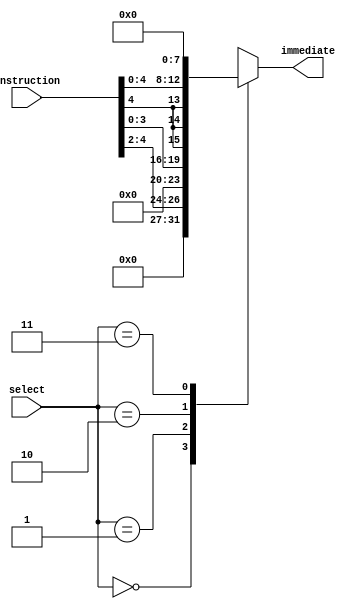
module immediate_extractor (input [7:0] instruction, input [1:0] select, output reg [7:0] immediate);

	always@(*)
		begin 
			case(select)
				2'b00: immediate = {5'b00000,instruction[4:2]}; //ADDI and SUBI MOVA 
				2'b01: immediate = {4'b0000,instruction[3:0]}; //SR0 and SRH0
				2'b10: immediate = {{3{instruction[4]}},instruction[4:0]}; //BR and BRZ
				2'b11: immediate = 8'h00; // MOV
			endcase
		end

endmodule